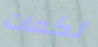
لكمات